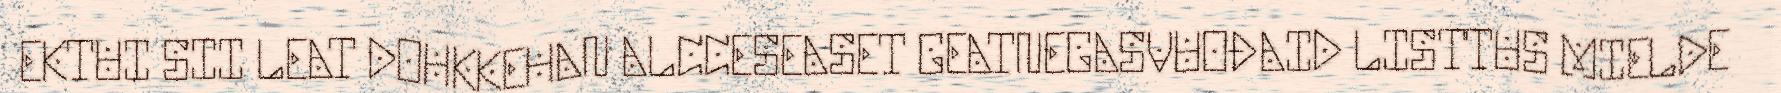
EKTUI SII LEAT DOHKKEHAN ALCCESEASET GEATNEGASVUOĐAID LISTTUS MIELDE